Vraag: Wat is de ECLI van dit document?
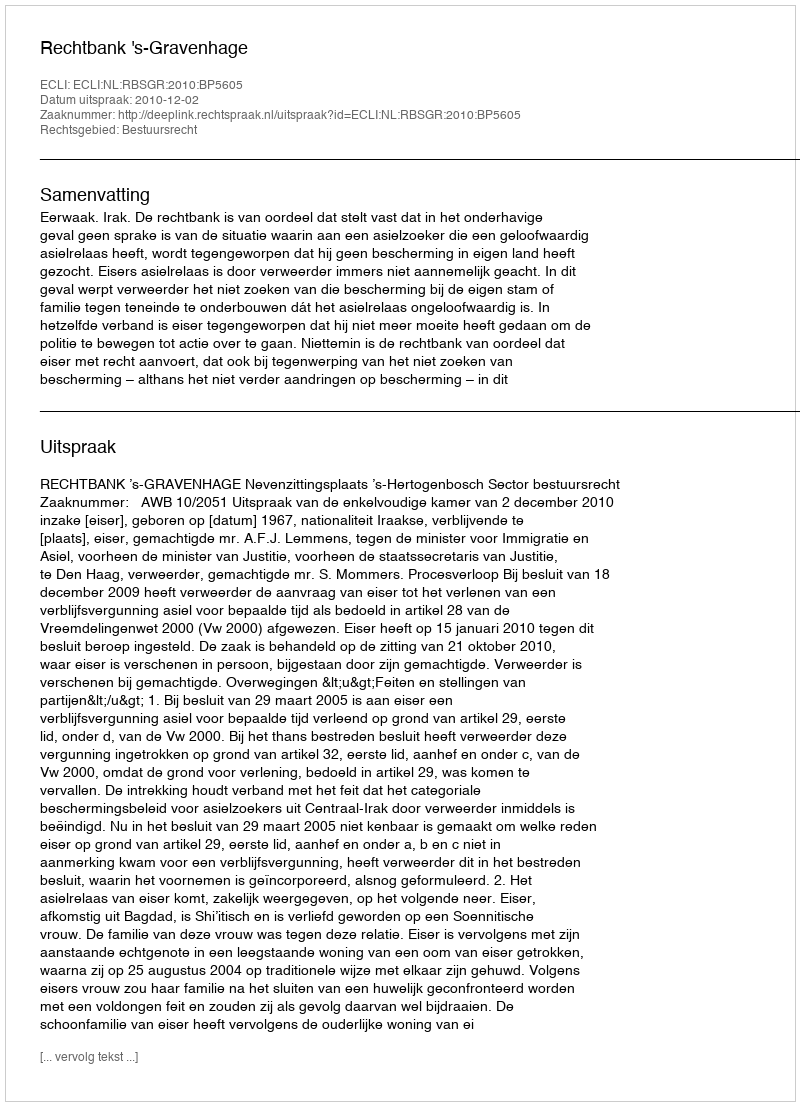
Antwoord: ECLI:NL:RBSGR:2010:BP5605